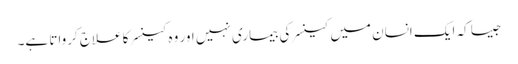
جیسا کہ ایک انسان میں کینسر کی بیماری نہیں اور وہ کینسر کا علاج کرواتا ہے۔